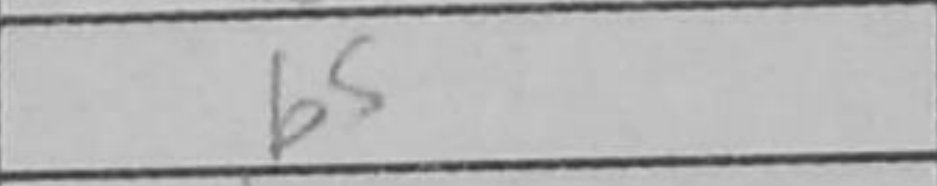
Transcription: b5